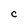
Character: C